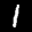
Label: 1